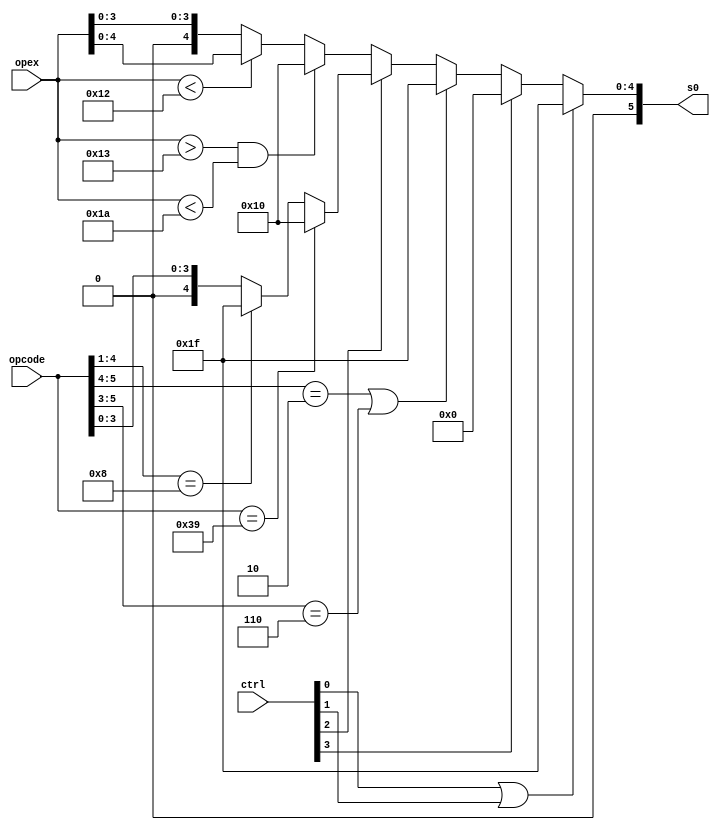
module controladorULA(opcode, opex, ctrl, s0);
input[5:0] opcode, opex;
input [3:0]ctrl;
output[5:0] s0;

wire[5:0] reg_inst, ime_inst;
wire[5:0] t1, t2, t3;

/*
parameter SOMA  = 5'b00000, SUBT  = 5'b00001, MULT  = 5'b00010, DIVI  = 5'b00011;
parameter OU	 = 5'b00100, NOU   = 5'b00101, E 	 = 5'b00110, NE	 = 5'b00111;
parameter OUEX  = 5'b01000, NOUX  = 5'b01001, MENOR = 5'b01010, MAIOR = 5'b01011;
parameter IGUAL = 5'b01100, SHLE  = 5'b01101, SHRI  = 5'b01110, DIFER = 5'b01111;
parameter MOVER = 5'b10000, NEGAR = 5'b10001, IMEDI = 5'b10010, IMEDI = 5'b10011;// O resto eh imedi
*/

assign reg_inst = (opex > 5'b10011 && opex < 5'b11010) ? 5'b10000 : ((opex < 5'b10010) ? {1'b0 ,opex[4:0]} : {2'b0 ,opex[3:0]}); // mover registrador ou operao ULA
assign ime_inst = (opcode[5:0] == 6'b111001) ? 5'b10000 : ((opcode[4:1] == 4'b1000) ? 5'b11111 : {2'b0 ,opcode[3:0]}); // carregar imediato ou operao ULA

assign t1 = ctrl[2] ? ime_inst : reg_inst; // imediato ou registrador
assign t2 = (opcode[5:4] == 2'b10 | opcode[5:3] == 3'b110 ) ? 5'b11111 : t1; // memoria/salto ou t1
assign t3 = ctrl[3] ? 5'b00000 : t2;       // deslocamento ou t2
assign s0 = (ctrl[0] | ctrl[1]) ? 5'b11111 : t3; // salto/desvio ou t3

endmodule